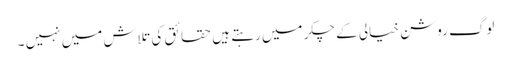
لوگ روشن خیالی کے چکر میں رہتے ہیں حقائق کی تلاش میں نہیں ۔